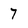
Character: 7